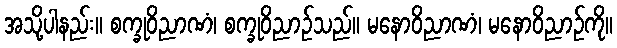
အသို့ပါနည်း။ စက္ခုဝိညာဏံ၊ စက္ခုဝိညာဉ်သည်။ မနောဝိညာဏံ၊ မနောဝိညာဉ်ကို။